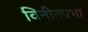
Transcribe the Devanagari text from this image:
विनीतप्रभा